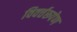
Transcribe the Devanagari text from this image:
विवर्त्तरूपेण